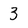
Character: 3